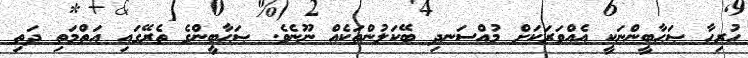
ހުރިހާ ޞަޙާބީންނަކީ އެއްވަރަކަށް މުއްސަނދި ބޭކަލުންތަކެއް ނޫނެވެ. ޞަޙާބީންގެ ތެރޭގައި އަތްމަތި ދަތި